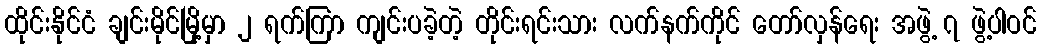
ထိုင်းနိုင်ငံ ချင်းမိုင်မြို့မှာ ၂ ရက်ကြာ ကျင်းပခဲ့တဲ့ တိုင်းရင်းသား လက်နက်ကိုင် တော်လှန်ရေး အဖွဲ့ ၇ ဖွဲ့ပါဝင်